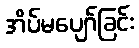
အိပ်မပျော်ခြင်း